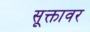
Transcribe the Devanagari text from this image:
सूक्तावर